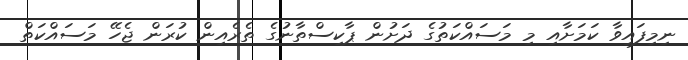
ނިމިފައިވާ ކަމަށާއި މި މަސައްކަތުގެ ދަށުން ޕާކިސްތާނުގެ ތެރެއިން ކުރަން ޖެހޭ މަސައްކަތް